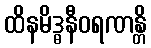
ထိနမိဒ္ဓနီဝရဏန္တိ